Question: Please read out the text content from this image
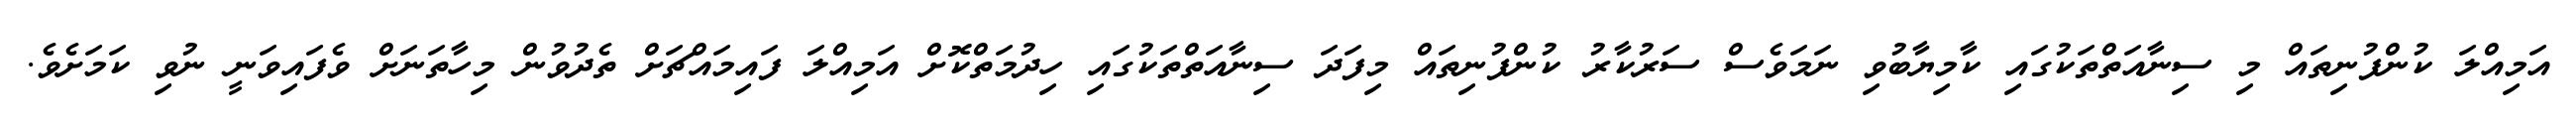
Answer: އަމިއްލަ ކުންފުނިތައް މި ސިނާއަތްތަކުގައި ކާމިޔާބުވި ނަމަވެސް ސަރުކާރު ކުންފުނިތައް މިފަދަ ސިނާއަތްތަކުގައި ހިދުމަތްކޮށް އަމިއްލަ ފައިމައްޗަށް ތެދުވުން މިހާތަނަށް ވެފައިވަނީ ނުވި ކަމަށެވެ.